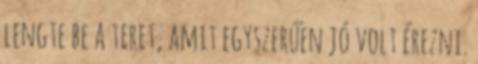
lengte be a teret, amit egyszerűen jó volt érezni.